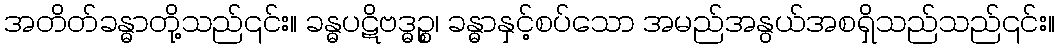
အတိတ်ခန္ဓာတို့သည်၎င်း။ ခန္ဓပဋိဗဒ္ဓဉ္စ၊ ခန္ဓာနှင့်စပ်သော အမည်အနွယ်အစရှိသည်သည်၎င်း။